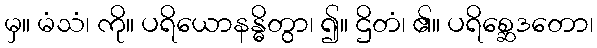
မှ။ မံသံ၊ ကို။ ပရိယောနန္ဓိတွာ၊ ၍။ ဌိတံ၊ ၏။ ပရိစ္ဆေဒတော၊